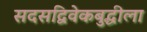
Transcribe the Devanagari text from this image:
सदसद्विवेकबुद्धीला